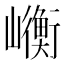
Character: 𭗯